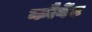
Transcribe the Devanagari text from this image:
कौर्वेट